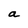
Character: a